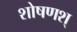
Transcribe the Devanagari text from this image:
शोषणश्